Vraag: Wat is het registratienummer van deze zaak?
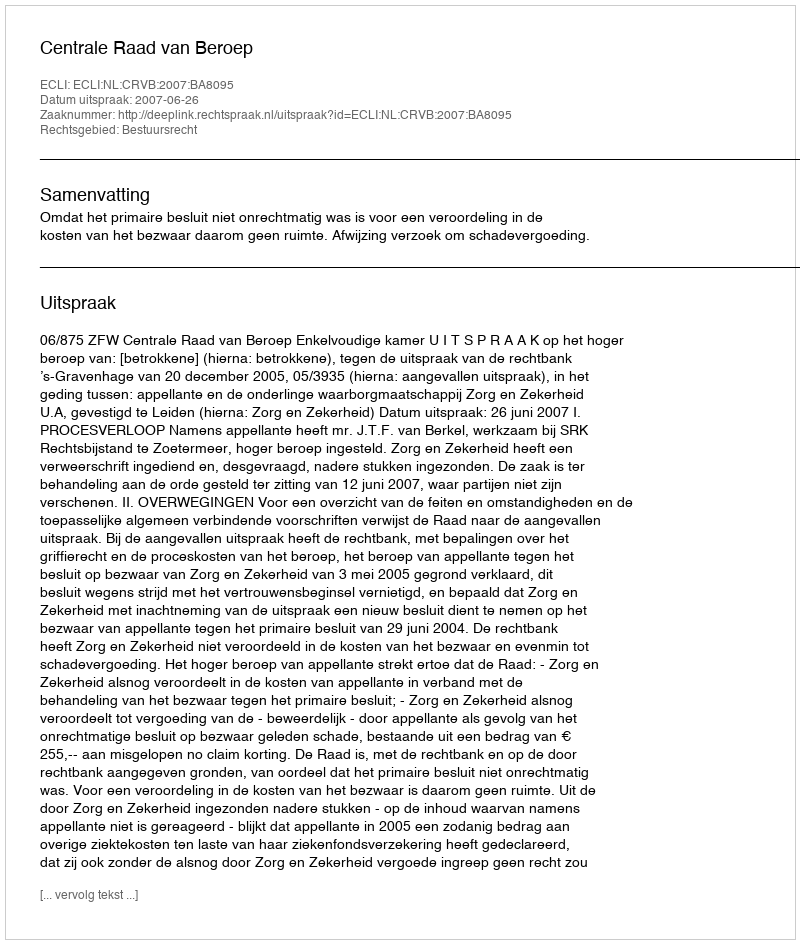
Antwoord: http://deeplink.rechtspraak.nl/uitspraak?id=ECLI:NL:CRVB:2007:BA8095